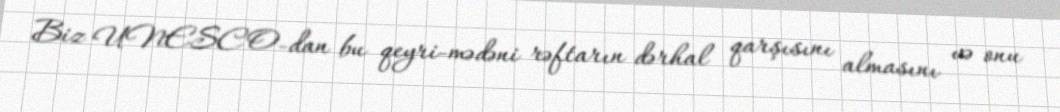
Biz UNESCO-dan bu qeyri-mədəni rəftarın dərhal qarşısını almasını və onu